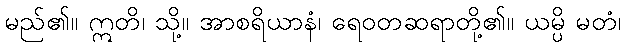
မည်၏။ ဣတိ၊ သို့။ အာစရိယာနံ၊ ရေဝတဆရာတို့၏။ ယမ္ပိ မတံ၊